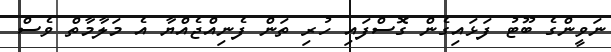
ނަވީންގެ ބޫޓު ފަޅައިގެން ގޮސްފައި ހުރި ތަން ފެނިއްޖެއްޔާ އެ މަލާމާތް ވެސް